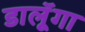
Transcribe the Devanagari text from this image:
डालूॅगा